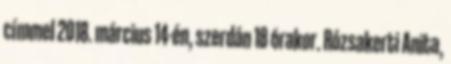
címmel 2018. március 14-én, szerdán 18 órakor. Rózsakerti Anita,